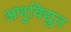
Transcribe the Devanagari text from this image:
अणुविद्युत